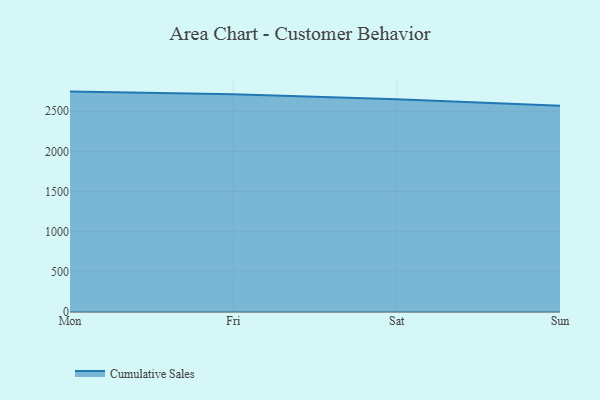
{"axis": {"x": "Day", "y": "Budget (USD K)"}, "legend": ["Cumulative Sales"], "data": [{"x": "Mon", "y": 2744.8, "type": "Cumulative Sales"}, {"x": "Fri", "y": 2712.6, "type": "Cumulative Sales"}, {"x": "Sat", "y": 2649.3, "type": "Cumulative Sales"}, {"x": "Sun", "y": 2568.1, "type": "Cumulative Sales"}]}